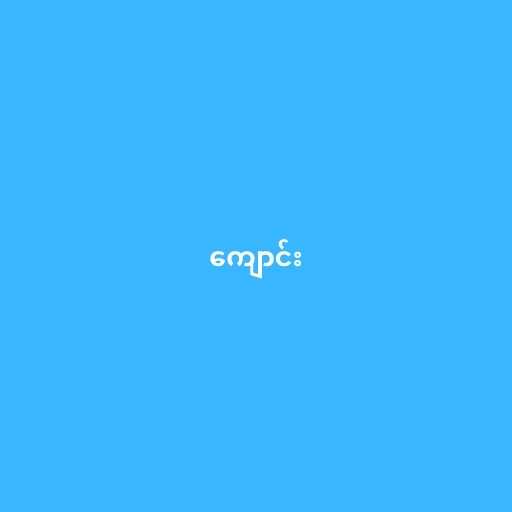
ကျောင်း